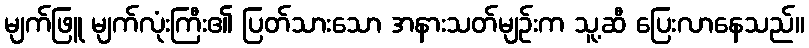
မျက်ဖြူ မျက်လုံးကြီး၏ ပြတ်သားသော အနားသတ်မျဉ်းက သူ့ဆီ ပြေးလာနေသည်။